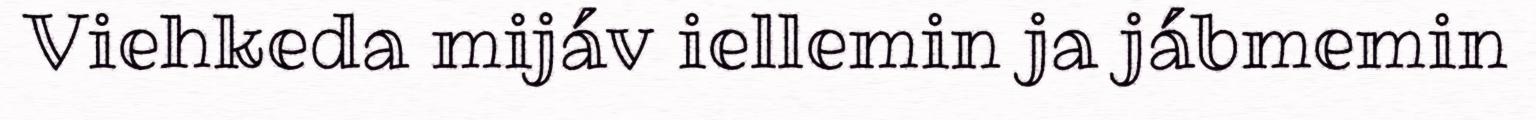
Viehkeda mijáv iellemin ja jábmemin